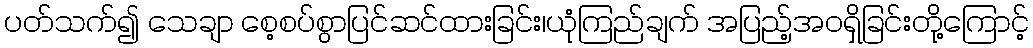
ပတ်သက်၍ သေချာ စေ့စပ်စွာပြင်ဆင်ထားခြင်း၊ယုံကြည်ချက် အပြည့်အဝရှိခြင်းတို့ကြောင့်